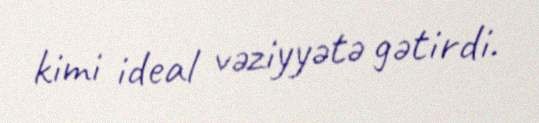
kimi ideal vəziyyətə gətirdi.